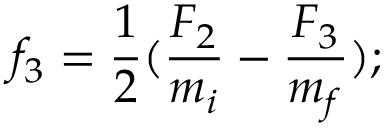
f _ { 3 } = { \frac { 1 } { 2 } } ( { \frac { F _ { 2 } } { m _ { i } } } - { \frac { F _ { 3 } } { m _ { f } } } ) ;